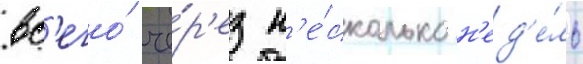
вс'его́ че́р'ез н'е́сколько н'ед'е́ль